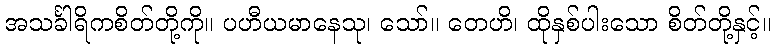
အသင်္ခါရိကစိတ်တို့ကို။ ပဟီယမာနေသု၊ သော်။ တေဟိ၊ ထိုနှစ်ပါးသော စိတ်တို့နှင့်။